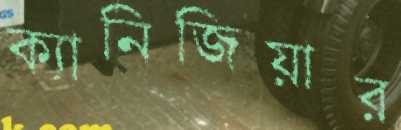
ক্যানিজিয়ার